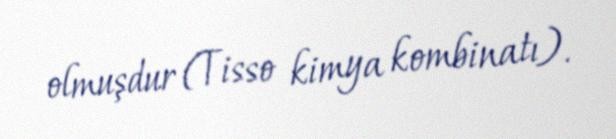
olmuşdur (Tisso kimya kombinatı).